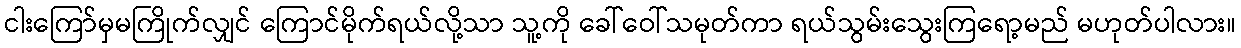
ငါးကြော်မှမကြိုက်လျှင် ကြောင်မိုက်ရယ်လို့သာ သူ့ကို ခေါ်ဝေါ်သမုတ်ကာ ရယ်သွမ်းသွေးကြရော့မည် မဟုတ်ပါလား။